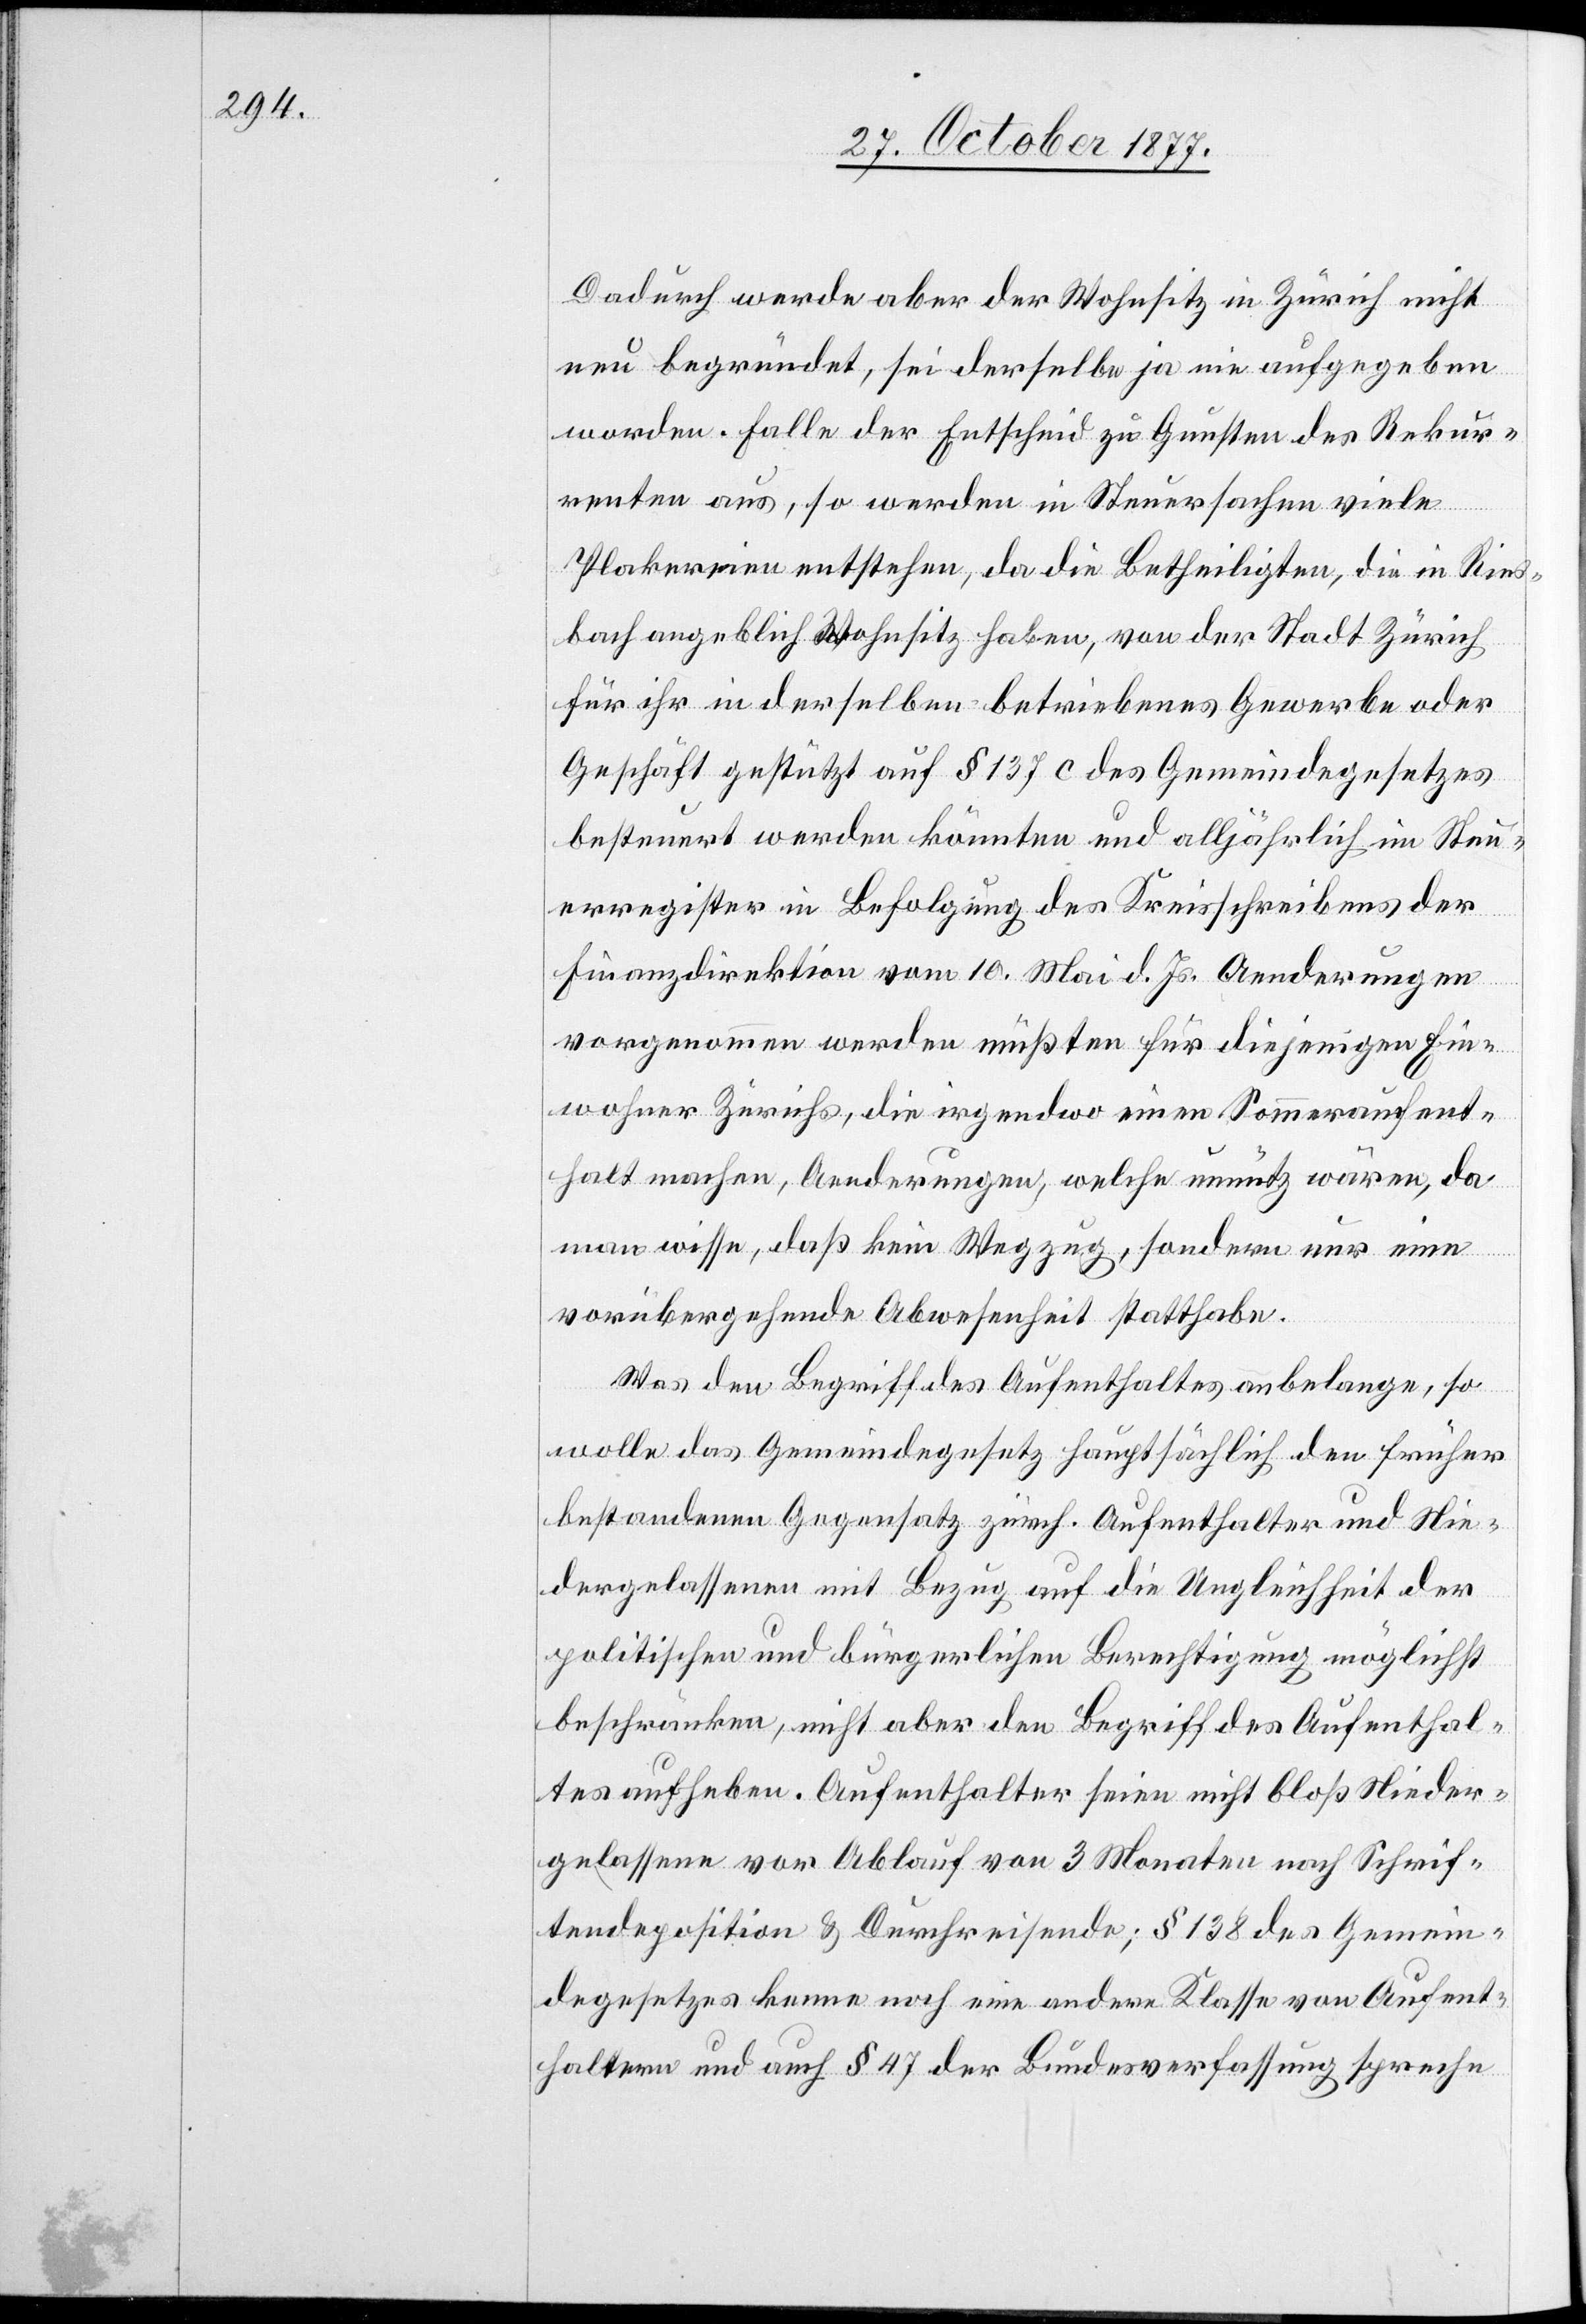
Dadurch werde aber der Wohnsitz in Zürich nicht
neu begründet, sei derselbe ja nie aufgegeben
worden. Falle der Entscheid zu Gunsten des Rekur¬
renten aus, so werden in Steuersachen viele
Plakereien entstehen, da die Betheiligten, die in Ries¬
bach angeblich Wohnsitz haben, von der Stadt Zürich
für ihr in derselben betriebenes Gewerbe oder
Geschäft gestützt auf § 137 c des Gemeindegesetzes
besteuert werden könnten und alljährlich im Steu¬
erregister in Befolgung des Kreisschreibens der
Finanzdirektion vom 10. Mai d. Js. Aenderungen
vorgenommen werden müßten für diejenigen Ein¬
wohner Zürichs, die irgendwo einen Sommeraufent¬
halt machen, Aenderungen, welche unnütz wären, da
man wisse, daß kein Wegzug, sondern nur eine
vorübergehende Abwesenheit statthabe.
Was den Begriff des Aufenthaltes anbelange, so
wolle das Gemeindegesetz hauptsächlich den früher
bestandenen Gegensatz zürch. Aufenthalte rund Nie¬
dergelassenen mit Bezug auf die Ungleichheit der
politischen und bürgerlichen Berechtigung möglichst
beschränken, nicht aber den Begriff des Aufenthal¬
tes aufheben. Aufenthalter seien nicht bloß Nieder¬
gelassene vor Ablauf von 3 Monaten nach Schrif¬
tendeposition & Durchreisende; § 138 des Gemein¬
degesetzes kenne noch eine andere Klasse von Aufent¬
haltern und auch § 47 der Bundesverfassung spreche